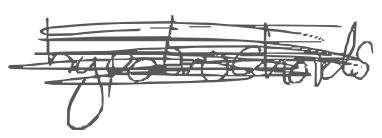
Text: hypotrochoids
Cross-out: scratch
Writing tool: digital_gray